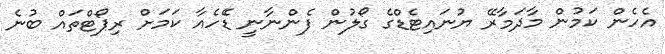
އެހެން ކަމުން މާދަމާރޭ ޔުނައިޓެޑްގެ ގޯލުން ފެންނާނީ ޑެެހެއާ ކަަމަށް ރިޕޯޓްތައް ބުނެ